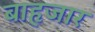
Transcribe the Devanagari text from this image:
बाहृजार